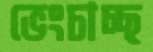
ভেংচাচ্ছ